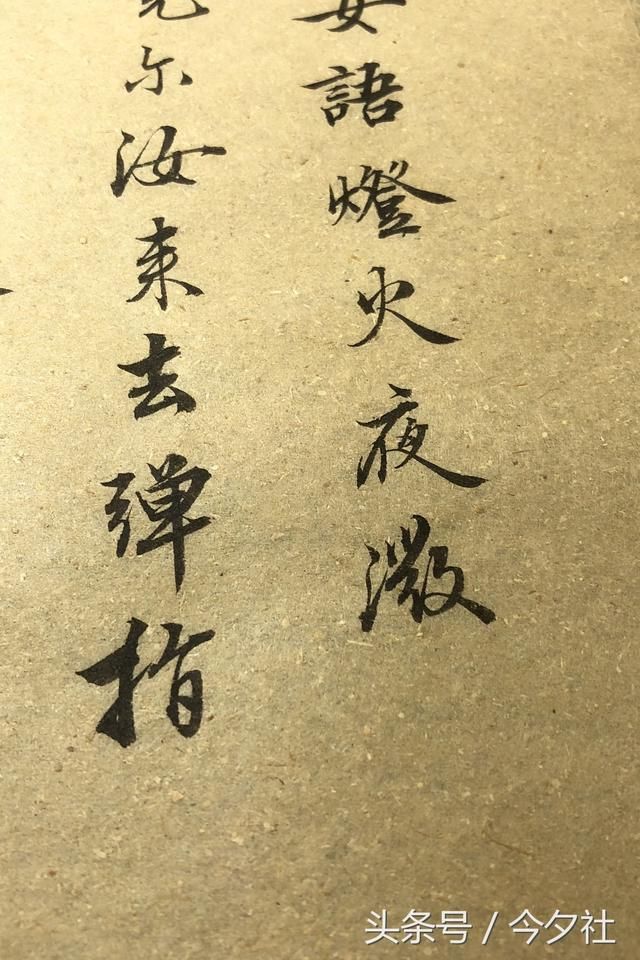
回首暮云远，飞絮搅青冥。